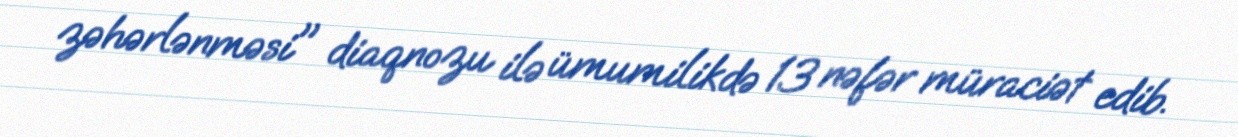
zəhərlənməsi" diaqnozu ilə ümumilikdə 13 nəfər müraciət edib.